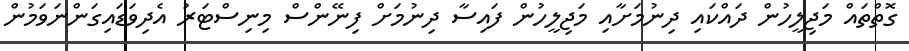
ގޮތްތައް މަޖިލީހުން ދައްކައި ދިނުމަށާއި މަޖިލީހުން ފައިސާ ދިނުމަށް ފިނޭންސް މިނިސްޓަރު އެދިވަޑައިގަންނަވަމުން